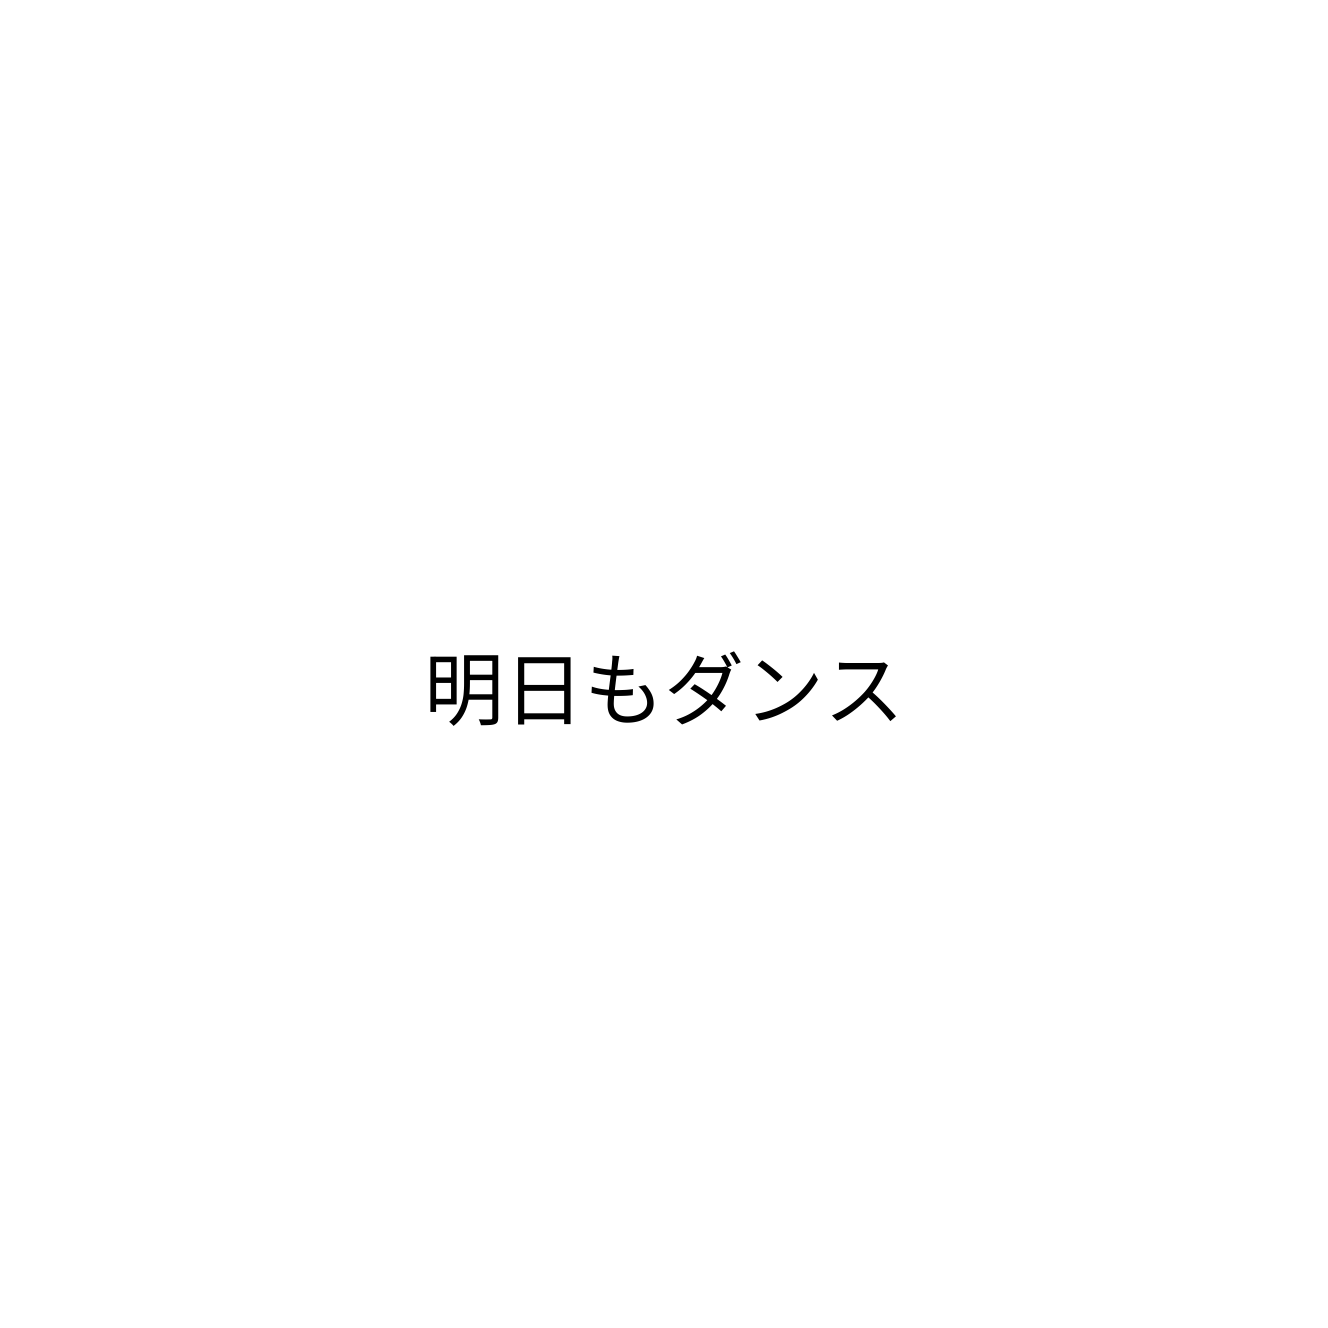
明日もダンス